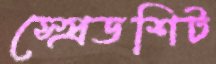
স্প্রেডশিট